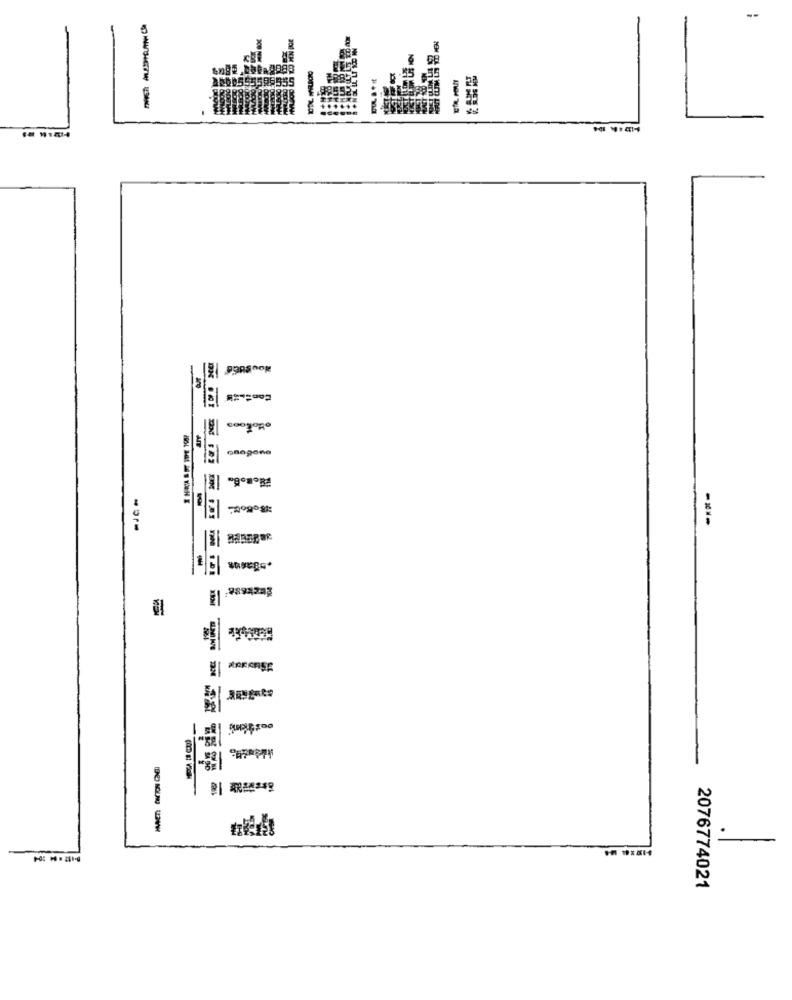
ottokoen
2ºgost
----
-
-
2076774021